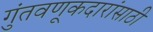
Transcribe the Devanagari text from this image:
गुंतवणूकदारांसाठी